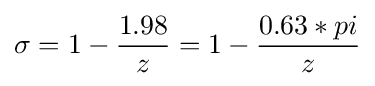
\sigma =1-{\frac {1.98}{z}}=1-{\frac {0.63*pi}{z}}